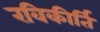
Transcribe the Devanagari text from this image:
रविकीर्ति